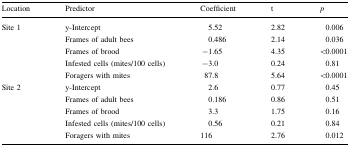
<table><thead><tr><td><b>Location</b></td><td><b>Predictor</b></td><td><b>Coefficient</b></td><td><b>t</b></td><td><b><i>p</i></b></td></tr></thead><tbody><tr><td rowspan="5">Site 1</td><td>y-Intercept</td><td>5.52</td><td>2.82</td><td>0.006</td></tr><tr><td>Frames of adult bees</td><td>0.486</td><td>2.14</td><td>0.036</td></tr><tr><td>Frames of brood</td><td>−1.65</td><td>4.35</td><td>&lt;0.0001</td></tr><tr><td>Infested cells (mites/100 cells)</td><td>−3.0</td><td>0.24</td><td>0.81</td></tr><tr><td>Foragers with mites</td><td>87.8</td><td>5.64</td><td>&lt;0.0001</td></tr><tr><td rowspan="5">Site 2</td><td>y-Intercept</td><td>2.6</td><td>0.77</td><td>0.45</td></tr><tr><td>Frames of adult bees</td><td>0.186</td><td>0.86</td><td>0.51</td></tr><tr><td>Frames of brood</td><td>3.3</td><td>1.75</td><td>0.16</td></tr><tr><td>Infested cells (mites/100 cells)</td><td>0.56</td><td>0.21</td><td>0.84</td></tr><tr><td>Foragers with mites</td><td>116</td><td>2.76</td><td>0.012</td></tr></tbody></table>